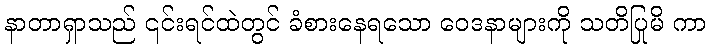
နာတာရှာသည် ၎င်းရင်ထဲတွင် ခံစားနေရသော ဝေဒနာများကို သတိပြုမိ ကာ